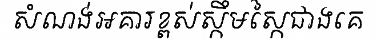
សំណង់អគារខ្ពស់ស្កឹមស្កៃជាងគេ